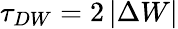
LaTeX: \tau_{DW}=2\left|\Delta W\right|